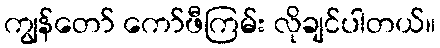
ကျွန်တော် ကော်ဖီကြမ်း လိုချင်ပါတယ်။